system: You are a helpful assistant.
user:
Analyze the provided spectrum to determine if it is a **Carbon Star (C-type)**.

- **Key Visual Indicators of Carbon Star:**
    - **(Primary):** Strong molecular absorption from **C₂ (diatomic carbon) "Swan Bands."** This is the **defining feature** of a carbon star.
        - **(Key Bandheads):** Sharp absorption edges are visible at approximately $5635$ Å, $5165$ Å (the strongest band), and $4737$ Å.
        - **(Line Profile):** Creates a distinct **"saw-tooth"** pattern. The key morphology is a sharp, steep bandhead on the **red (long-wavelength) side**, which then gradually tapers off (i.e., flux recovers) towards the **blue (short-wavelength) side**. *(This is the direct opposite of the TiO bands seen in M-type stars)*.

    - **(Secondary):** Intense **CN (cyanogen)** molecular absorption bands.
        - **(Key Bandheads):** Located in the blue and violet regions of the spectrum (e.g., near $4215$ Å and $3883$ Å).
        - **(Morphology):** These bands are extremely broad and act as a "blanket," absorbing the vast majority of blue and violet light. This creates a characteristic **"cliff"** or **"steep drop-off"** in the spectrum's flux at short wavelengths.

    - **(Key Confirmation):** Strong **CH absorption band (G-band)**.
        - **(Key Bandhead):** Located around $4300$ Å. The contribution from CH molecules to this band is exceptionally strong.

    - **(Overall Spectrum):**
        - The continuum is severely "chopped up" by these deep molecular bands, especially C₂, rather than appearing as a smooth curve.
        - Due to the heavy CN and C₂ absorption in the blue-green, the vast majority of the star's flux is concentrated in the red part of the spectrum, giving the star its characteristic deep red color.

Think first, call **spectral_visualization_tool** if needed to examine features in detail, then provide your final answer. Your response must adhere to the following strict rules:
1.  **Overall Structure:** Your response must follow the format `<think>...</think> <tool_call>...</tool_call> (if a tool is used) <answer>...</answer>`.
2.  **Tool Usage Constraint:** You may only make **one** tool call per turn.
3.  **Final Answer Format:** In the `<answer>` tag, your conclusion must be inside a `\boxed{}` command (e.g., `\boxed{YES}`), followed by your justification.

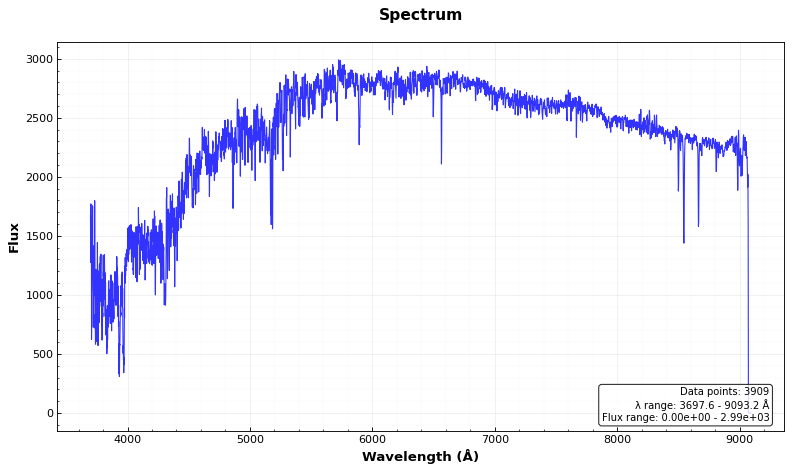
Answer: NO